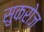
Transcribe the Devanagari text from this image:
सुकरोज